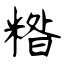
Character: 糌